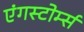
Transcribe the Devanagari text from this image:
एंगस्टोर्म्स